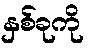
နှစ်ခုကို